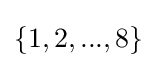
\{1,2,...,8\}